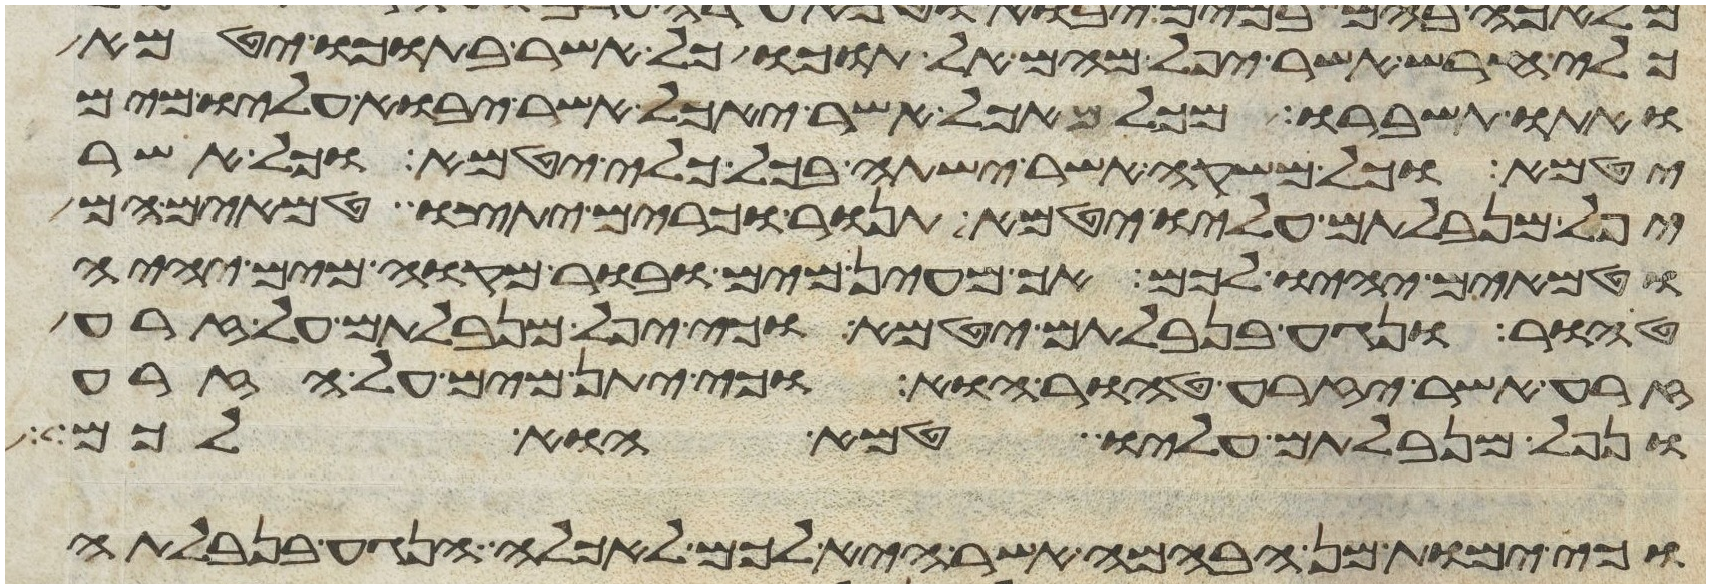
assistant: כלי חרש אשר יפל מהם אל תוכו כל אשר בתוכו יטמא
ואתו תשברו מכל האכל אשר יאכל אשר יבוא עליו מים
יטמא וכל משקה אשר ישתה בכל כלי יטמא וכל אשר
יפל מנבלתם עליו יטמא תנור וכרים יתצו טמאים הם
וטמאים יהיו לכם אך מעין מים ובור מקוה מים יהיה
טהור ונגע בנבלתם יטמא וכי יפל מנבלתם על זרע
זרע אשר יזרע טהור הוא וכי יתן מים על הזרע
ונפל מנבלתם עליו טמא הוא לכם
וכי ימות מן הבהמה אשר היא לכם לאכלה הנגע בנבלתה